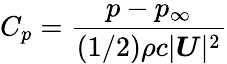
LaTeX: C_{p}=\frac{p-p_{\infty}}{\left(1/2\right)\rho c|\boldsymbol{U}|^{2}}